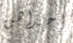
إحداهن